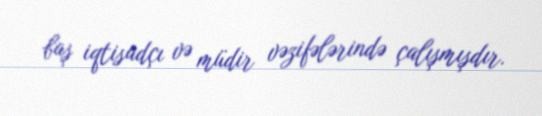
baş iqtisadçı və müdir vəzifələrində çalışmışdır.